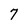
Character: 7